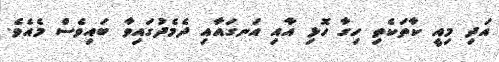
އަދި މިއީ ކާތަކެތި ހިގާ ހޮޅި އާއި އަނގައާއި ދެމެދުގައިވާ ބައިވެސް މެއެވެ.